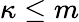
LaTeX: \kappa\leq m